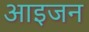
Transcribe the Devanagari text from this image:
आइजन